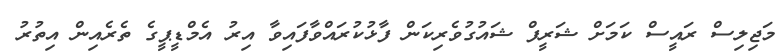
މަޖިލިސް ރައީސް ކަމަށް ޝަރީފް ޝައުގުވެރިކަން ފާޅުކުރައްވާފައިވާ އިރު އެމްޑީޕީގެ ތެރެއިން އިތުރު